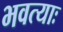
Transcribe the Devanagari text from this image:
भवत्याः